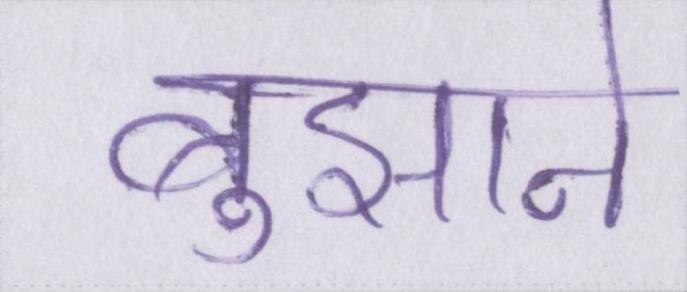
बुझाने